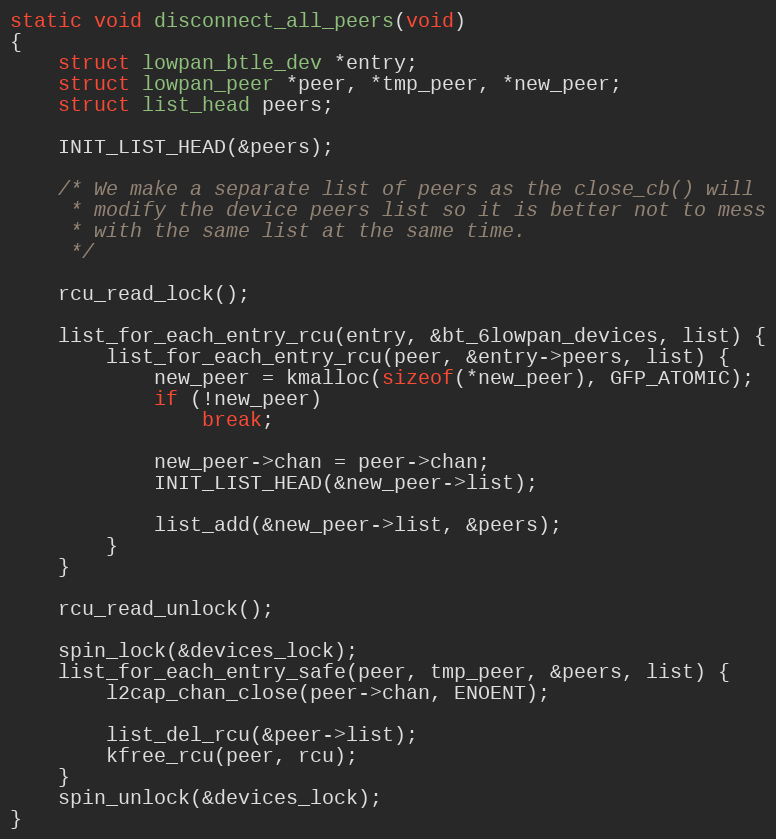
Language: C
static void disconnect_all_peers(void)
{
	struct lowpan_btle_dev *entry;
	struct lowpan_peer *peer, *tmp_peer, *new_peer;
	struct list_head peers;

	INIT_LIST_HEAD(&peers);

	/* We make a separate list of peers as the close_cb() will
	 * modify the device peers list so it is better not to mess
	 * with the same list at the same time.
	 */

	rcu_read_lock();

	list_for_each_entry_rcu(entry, &bt_6lowpan_devices, list) {
		list_for_each_entry_rcu(peer, &entry->peers, list) {
			new_peer = kmalloc(sizeof(*new_peer), GFP_ATOMIC);
			if (!new_peer)
				break;

			new_peer->chan = peer->chan;
			INIT_LIST_HEAD(&new_peer->list);

			list_add(&new_peer->list, &peers);
		}
	}

	rcu_read_unlock();

	spin_lock(&devices_lock);
	list_for_each_entry_safe(peer, tmp_peer, &peers, list) {
		l2cap_chan_close(peer->chan, ENOENT);

		list_del_rcu(&peer->list);
		kfree_rcu(peer, rcu);
	}
	spin_unlock(&devices_lock);
}